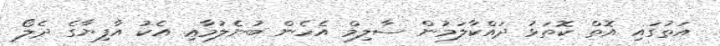
އަތުގައި އޮތް ކޮތަޅު ދައްކާލަމުން ސާލިމް އެހެން ބުނެލުމާޢި އެކު އާފިޔާގެ ދެލޯ